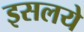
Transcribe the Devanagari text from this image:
इसलये